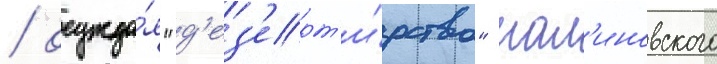
/ осужда́я "д'ез'ерт'и́рство" мал'иновского